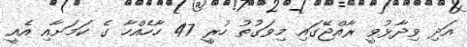
އަދި ވިދާޅުވީ ރާއްޖޭގައި މިވަގުތު ހުރީ 47 ހާހެއްހާ ގެ ކަމަށާއި އެއީ